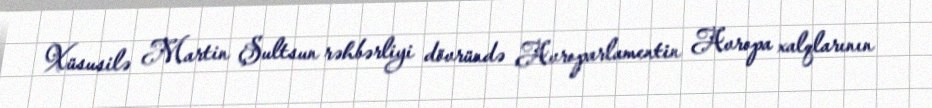
Xüsusilə Martin Şultsun rəhbərliyi dövründə Avroparlamentin Avropa xalqlarının